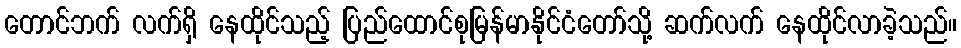
တောင်ဘက် လက်ရှိ နေထိုင်သည့် ပြည်ထောင်စုမြန်မာနိုင်ငံတော်သို့ ဆက်လက် နေထိုင်လာခဲ့သည်။